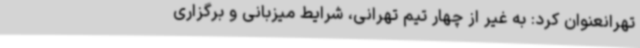
تهرانعنوان کرد: به غیر از چهار تیم تهرانی، شرایط میزبانی و برگزاری